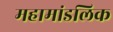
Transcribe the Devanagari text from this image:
महामांडलिक